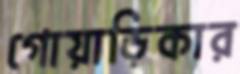
গোয়াড়িকার